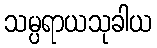
သမ္ပရာယသုခါယ